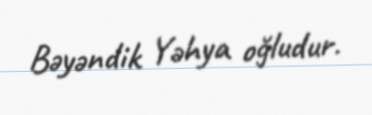
Bəyəndik Yəhya oğludur.